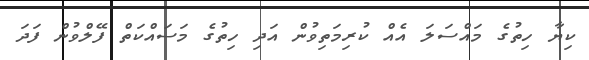
ކިޔާ ހިތުގެ މައްސަލަ އެއް ކުރިމަތިވުން އަދި ހިތުގެ މަސައްކަތް ފޭލްވުން ފަދަ